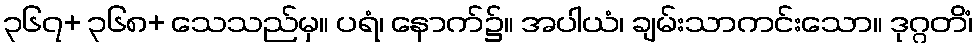
၃၆၇+ ၃၆၈+ သေသည်မှ။ ပရံ၊ နောက်၌။ အပါယံ၊ ချမ်းသာကင်းသော။ ဒုဂ္ဂတိံ၊